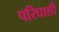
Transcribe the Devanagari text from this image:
परिघाशी